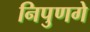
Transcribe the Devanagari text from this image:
निपुणगे